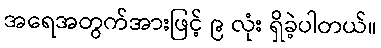
အရေအတွက်အားဖြင့် ၉ လုံး ရှိခဲ့ပါတယ်။